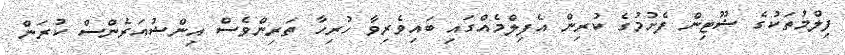
ފިލްމުތަކުގެ ޝޫޓިން ފެށުމުގެ ކުރިން އެފިލްމެއްގައި ބައިވެރިވާ ހުރިހާ ތަރިންވެސް އިންޝުއަރެންސް ކުރަން